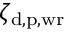
\zeta _ { \mathrm { d , p , w r } }